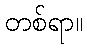
တစ်ရာ။